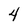
Character: 4